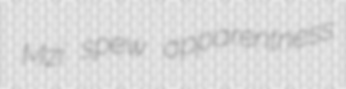
Mzi spew apparentness